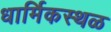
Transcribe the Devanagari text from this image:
धार्मिकस्थळ